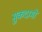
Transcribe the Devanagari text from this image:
मुकदामों